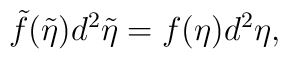
\tilde f(\tilde\eta ) d^2\tilde\eta = f(\eta )d^2\eta,